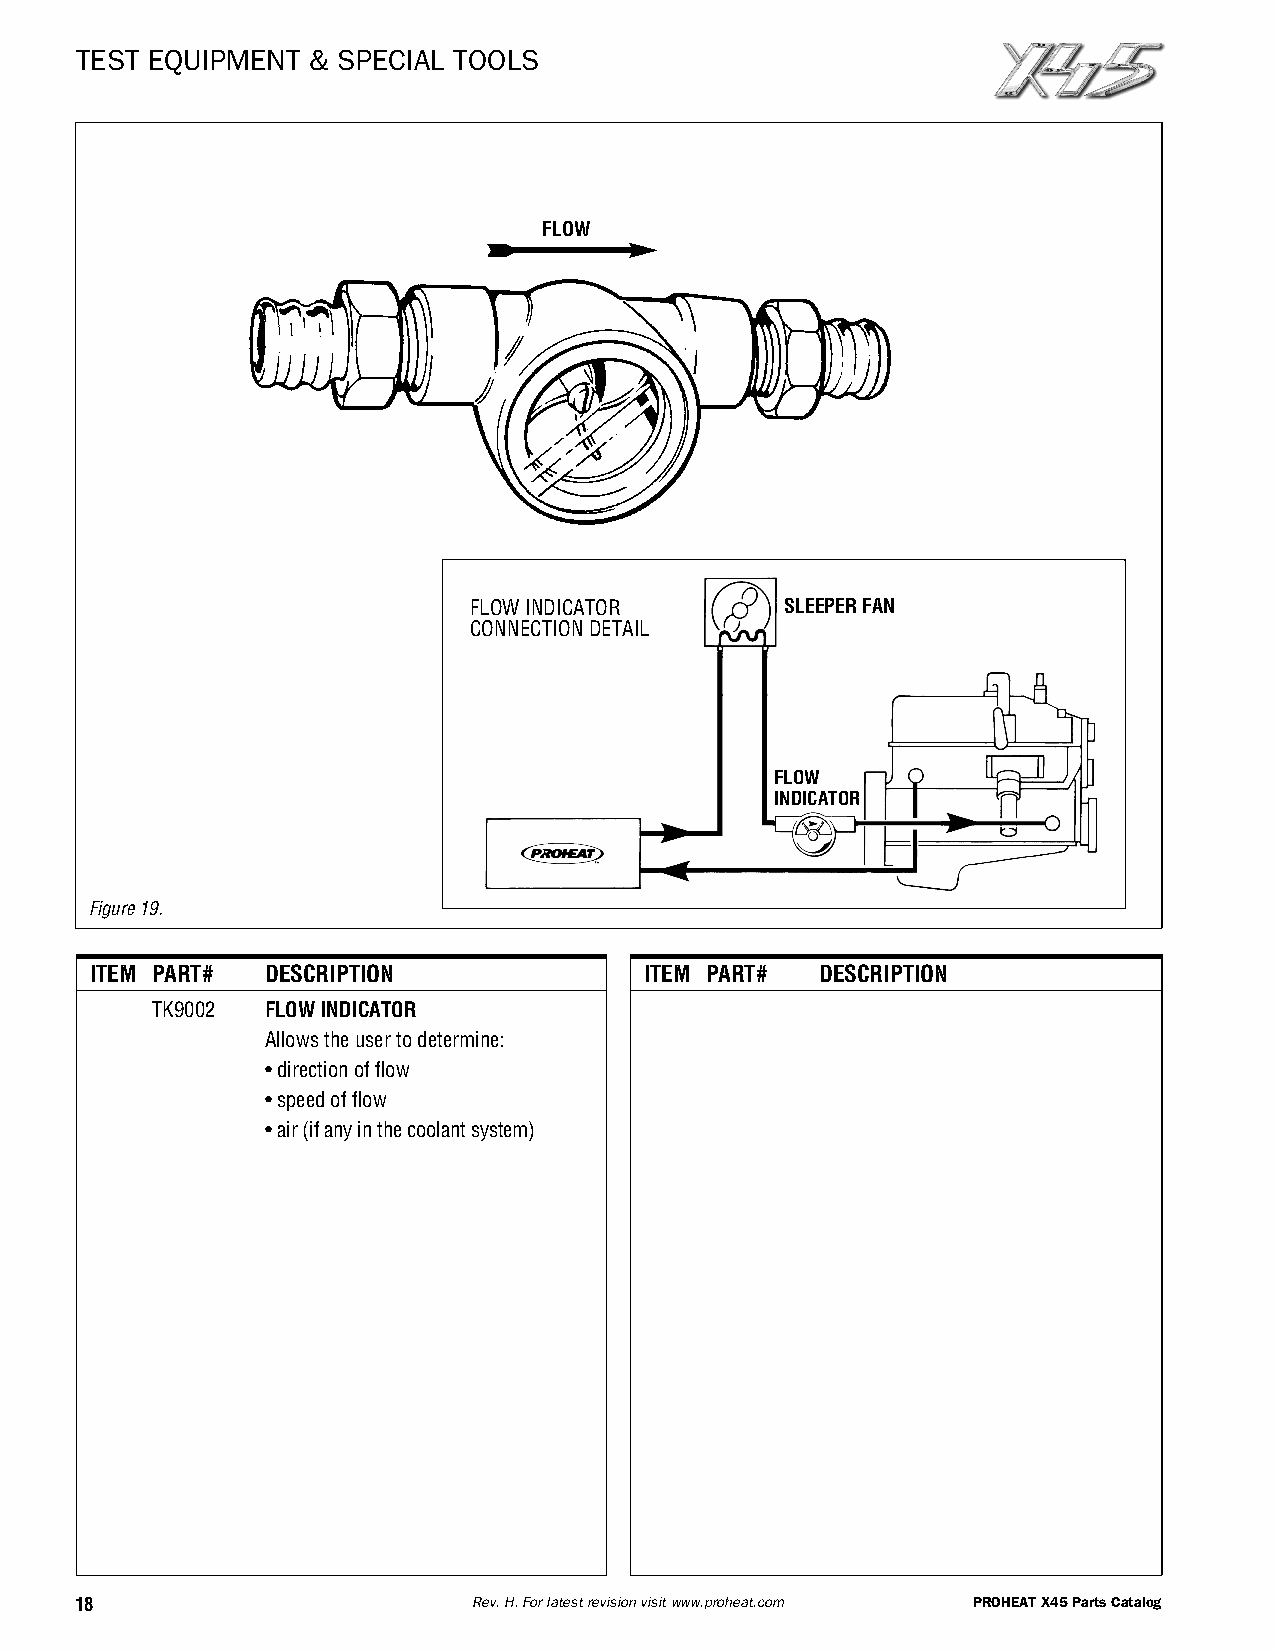
TEST EQUIPMENT & SPECIAL TOOLS
 FLOW
 FLOWINDICATOR        SLEEPERFAN
 CONNECTIONDETAIL
 FLOW
 INDICATOR
 Figure19.
 ITEM PART#  DESCRIPTION              ITEM PART# DESCRIPTION
 TK9002  FLOWINDICATOR
 Allowstheusertodetermine:
 •directionofflow
 •speedofflow
 •air(ifanyinthecoolantsystem)
 18                        Rev.H.Forlatestrevisionvisitwww.proheat.com PROHEATX45PartsCatalog